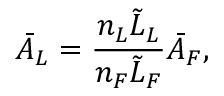
\bar { A } _ { L } = \frac { n _ { L } \tilde { L } _ { L } } { n _ { F } \tilde { L } _ { F } } \bar { A } _ { F } ,